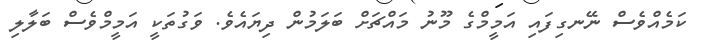
ކަމެއްވެސް ނޭނގިފައި އަމީމްގެ މޫނު މައްޗަށް ބަލަމުން ދިޔައެވެ. ވަގުތަކީ އަމީމްވެސް ބަލާލި